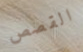
القصص